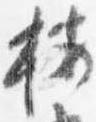
按